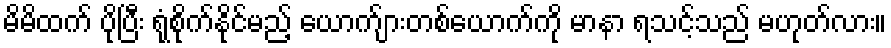
မိမိထက် ပိုပြီး ရုံစိုက်နိုင်မည့် ယောက်ျားတစ်ယောက်ကို မာနာ ရသင့်သည် မဟုတ်လား။